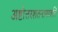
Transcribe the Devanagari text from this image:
अष्टोत्तरशतनामावलि